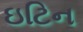
ઇટિન